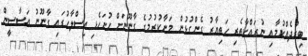
ބިރުދެއްކުމާއި ނުރައްކާތެރި ހަތިޔާރު ގެންގުޅުން މަނާކުރުމުގެ ގާނޫނަށް ހުށަހެޅި އިސްލާހުގައި ގާނޫނު އަސާސީން